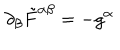
LaTeX: \partial _ { \beta } \tilde { F } ^ { \alpha \beta } = - g ^ { \alpha }